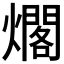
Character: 𰟫